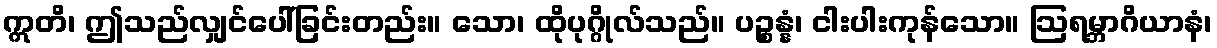
ဣတိ၊ ဤသည်လျှင်ပေါ်ခြင်းတည်း။ သော၊ ထိုပုဂ္ဂိုလ်သည်။ ပဉ္စန္နံ၊ ငါးပါးကုန်သော။ ဩရမ္ဘာဂိယာနံ၊